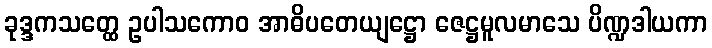
ခုဒ္ဒကသတ္ထေ ဥပါသကောဝ အာဓိပတေယျဋ္ဌော ဇေဋ္ဌမူလမာသေ ပိဏ္ဍဒါယကာ